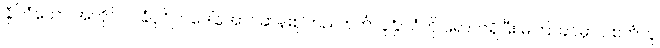
နိုင်ငံတော် အတိုင်ပင်ခံပုဂ္ဂိုလ်ဒေါ်အောင်ဆန်းစုကြည် စင်္ကာပူနိုင်ငံကို ရောက်ရှိပြီး မကြာခင်မှာပဲ စင်္ကာပူ